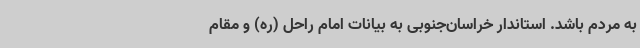
به مردم باشد. استاندار خراسان‌جنوبی به بیانات امام راحل (ره) و مقام